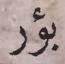
بؤر